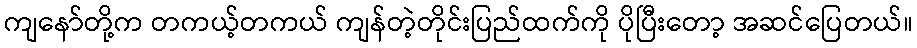
ကျနော်တို့က တကယ့်တကယ် ကျန်တဲ့တိုင်းပြည်ထက်ကို ပိုပြီးတော့ အဆင်ပြေတယ်။